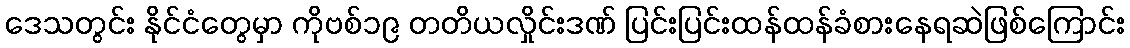
ဒေသတွင်း နိုင်ငံတွေမှာ ကိုဗစ်၁၉ တတိယလှိုင်းဒဏ် ပြင်းပြင်းထန်ထန်ခံစားနေရဆဲဖြစ်ကြောင်း